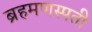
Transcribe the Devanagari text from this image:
ब्रहमणस्पती